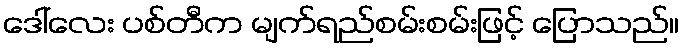
ဒေါ်လေး ပစ်တီက မျက်ရည်စမ်းစမ်းဖြင့် ပြောသည်။